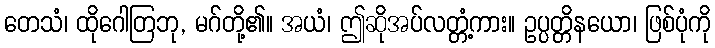
တေသံ၊ ထိုဂေါတြဘု, မဂ်တို့၏။ အယံ၊ ဤဆိုအပ်လတ္တံ့ကား။ ဥပ္ပတ္တိနယော၊ ဖြစ်ပုံကို